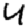
Digit: 4